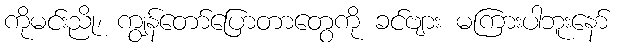
ကိုမင်းညို၊ ကျွန်တော်ပြောတာတွေကို ခင်ဗျား မကြားပါဘူးနော်